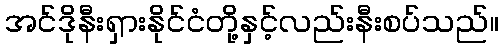
အင်ဒိုနီးရှားနိုင်ငံတို့နှင့်လည်းနီးစပ်သည်။